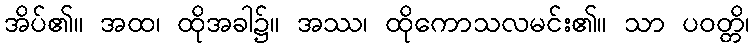
အိပ်၏။ အထ၊ ထိုအခါ၌။ အဿ၊ ထိုကောသလမင်း၏။ သာ ပဝတ္တိ၊